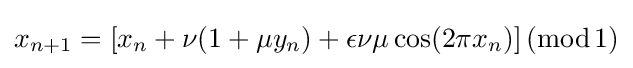
x_{n+1}=[x_{n}+\nu (1+\mu y_{n})+\epsilon \nu \mu \cos(2\pi x_{n})]\,({\textrm {mod}}\,1)